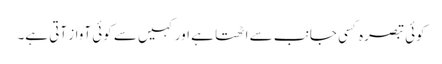
کوئی تبصرہ کسی جانب سے اٹھتا ہے اور کہیں سے کوئی آواز آتی ہے۔